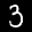
Label: 3